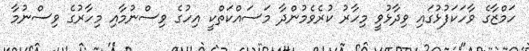
ހަމްޒާގެ ވާހަކަފުޅުގައި ވިދާޅުވީ މިހާރު ކުރެވެމުންދާ މަސައްކަތްކީ އިހުގެ ވިސްނުމާއި މިހާރުގެ ވިސްނުމާ